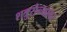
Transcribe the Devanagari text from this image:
शत्रुसैन्यावर